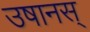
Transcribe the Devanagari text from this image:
उषानस्‌